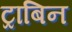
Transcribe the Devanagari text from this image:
ट्राबिन